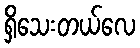
ရှိသေးတယ်လေ